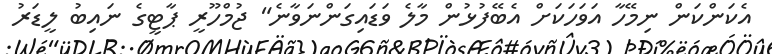
އެކަންކަން ނިމޭހާ އަވަހަކަށް އެބޭފުޅުން މާލެ ވަޑައިގަންނަވާނެ" ޖުމްހޫރީ ޕާޓީގެ ނައިބު ލީޑަރު